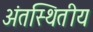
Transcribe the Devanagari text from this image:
अंतस्थितीय